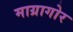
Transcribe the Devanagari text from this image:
माग्रागोर